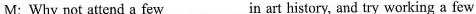
M: Why not attend a few ___ in art history, and try working a few